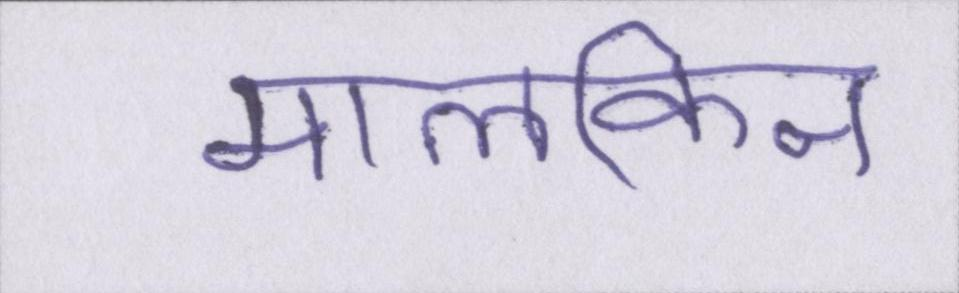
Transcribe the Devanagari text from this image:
मालकिन